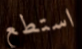
استطع